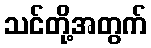
သင်တို့အတွက်